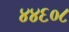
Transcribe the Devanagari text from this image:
४४६०८